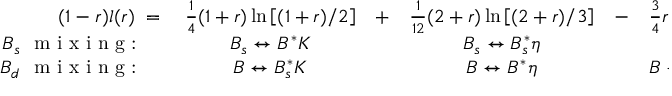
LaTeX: \begin{array} { r c c c c l } { { ( 1 - r ) l ( r ) \; = \; } } & { { \frac { 1 } { 4 } ( 1 + r ) \ln \left[ ( 1 + r ) / 2 \right] } } & { { + } } & { { \frac { 1 } { 1 2 } ( 2 + r ) \ln \left[ ( 2 + r ) / 3 \right] } } & { { - } } & { { \frac { 3 } { 4 } r \ln ( r ) } } \\ { { B _ { s } ~ \textrm { m i x i n g : } \quad } } & { { B _ { s } \leftrightarrow B ^ { * } K } } & { { } } & { { B _ { s } \leftrightarrow B _ { s } ^ { * } \eta } } & { { } } & { { } } \\ { { B _ { d } ~ \textrm { m i x i n g : } \quad } } & { { B \leftrightarrow B _ { s } ^ { * } K } } & { { } } & { { B \leftrightarrow B ^ { * } \eta } } & { { } } & { { B \leftrightarrow B ^ { * } \pi } } \end{array}